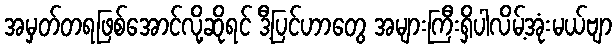
အမှတ်တရဖြစ်အောင်လို့ဆိုရင် ဒီ့ပြင်ဟာတွေ အများကြီးရှိပါလိမ့်အုံးမယ်ဗျာ